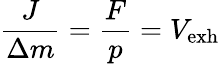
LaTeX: {\frac{J}{\Delta m}}={\frac{F}{p}}=V_{\mathrm{{exh}}}